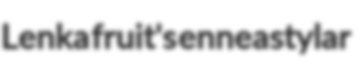
Lenka fruit's enneastylar